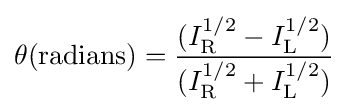
\theta ({\text{radians}})={\frac {(I_{\mathrm {R} }^{1/2}-I_{\mathrm {L} }^{1/2})}{(I_{\mathrm {R} }^{1/2}+I_{\mathrm {L} }^{1/2})}}